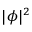
| \phi | ^ { 2 }